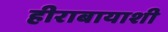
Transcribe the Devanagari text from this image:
हीराबायाशी